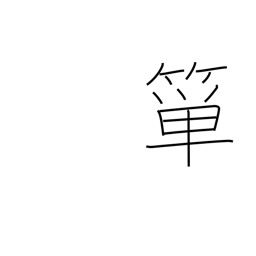
Meaning: bamboo rice basket